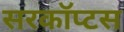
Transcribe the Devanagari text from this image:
सरकॉप्टस